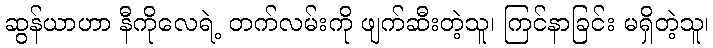
ဆွန်ယာဟာ နီကိုလေရဲ့ တက်လမ်းကို ဖျက်ဆီးတဲ့သူ၊ ကြင်နာခြင်း မရှိတဲ့သူ၊